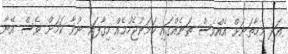
އަދި މިހާތަނަށް އެއްވެސް ތަނެއްގައި ހަމަނުޖެހުމެއް ހިގާފައި ނުވާ ކަމަށް ވެސް އޭނާ